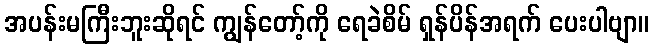
အပန်းမကြီးဘူးဆိုရင် ကျွန်တော့်ကို ရေခဲစိမ် ရှန်ပိန်အရက် ပေးပါဗျာ။